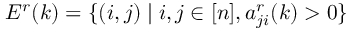
E ^ { r } ( k ) = \{ ( i , j ) \mid i , j \in [ n ] , a _ { j i } ^ { r } ( k ) > 0 \}